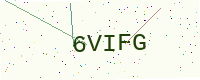
Text: 6VIFG